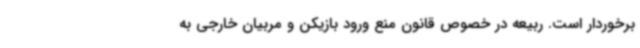
برخوردار است. ربیعه در خصوص قانون منع ورود بازیکن و مربیان خارجی به